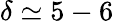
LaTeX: \delta\simeq 5-6